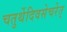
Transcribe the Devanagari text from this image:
चतुर्थेदिवसेचरेत्